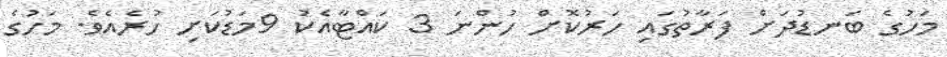
މަހުގެ ބަނޑުދަށް ފަރާތުގައި ހަރުކޮށް ހުންނަ 3 ކައްޓާއެކު 9މަޑުކަށި ހުރެއެވެ. މަހުގެ